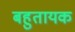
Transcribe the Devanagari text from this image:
बहुतायक